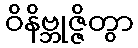
ဝိနိဗ္ဘုဇ္ဇိတွာ